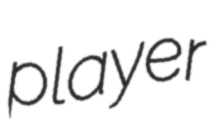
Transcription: player